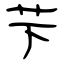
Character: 芐